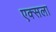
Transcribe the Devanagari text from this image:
एक्सला